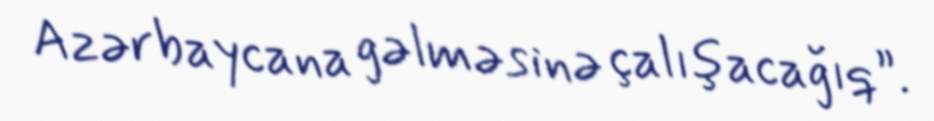
Azərbaycana gəlməsinə çalışacağıq”.